画像に写った文字を読んでください
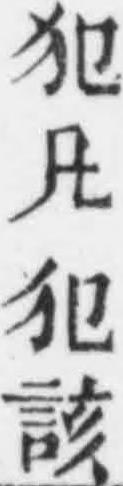
「犯凡犯該」と書いてあります